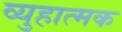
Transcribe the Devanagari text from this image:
व्युहात्मक